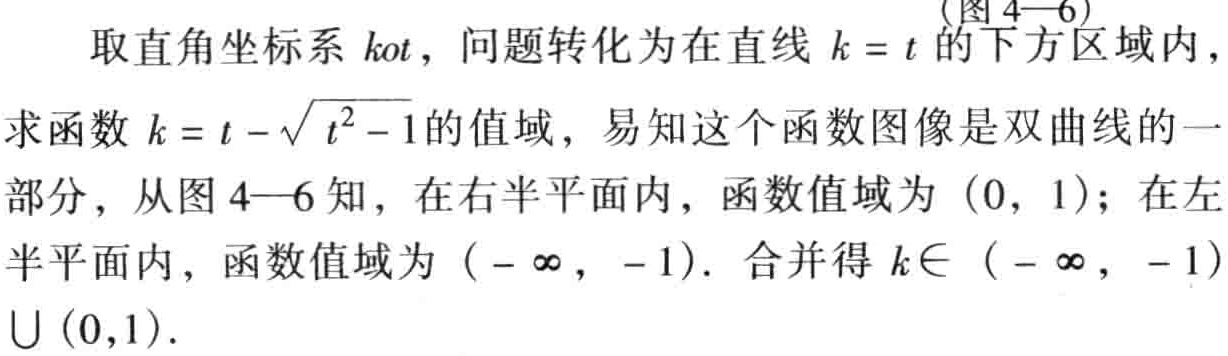
取直角坐标系 \(kot\)，问题转化为在直线 \(k = t\) 的下方区域内，求函数 \(k = t - \sqrt{t^{2}-1}\) 的值域，易知这个函数图像是双曲线的一部分，从图4—6知，在右半平面内，函数值域为 \((0,1)\)；在左半平面内，函数值域为 \((-\infty,-1)\)。合并得 \(k\in (-\infty,-1)\cup(0,1)\)。